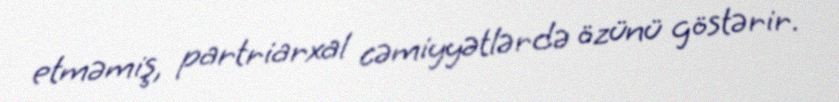
etməmiş, partriarxal cəmiyyətlərdə özünü göstərir.